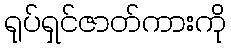
ရုပ်ရှင်ဇာတ်ကားကို